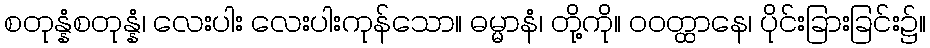
စတုန္နံစတုန္နံ၊ လေးပါး လေးပါးကုန်သော။ ဓမ္မာနံ၊ တို့ကို။ ဝဝတ္ထာနေ၊ ပိုင်းခြားခြင်း၌။